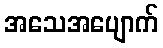
အသေအပျောက်